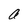
Character: a